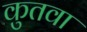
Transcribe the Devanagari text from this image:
कुतवा